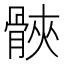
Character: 𮪪